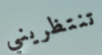
تنتظريني